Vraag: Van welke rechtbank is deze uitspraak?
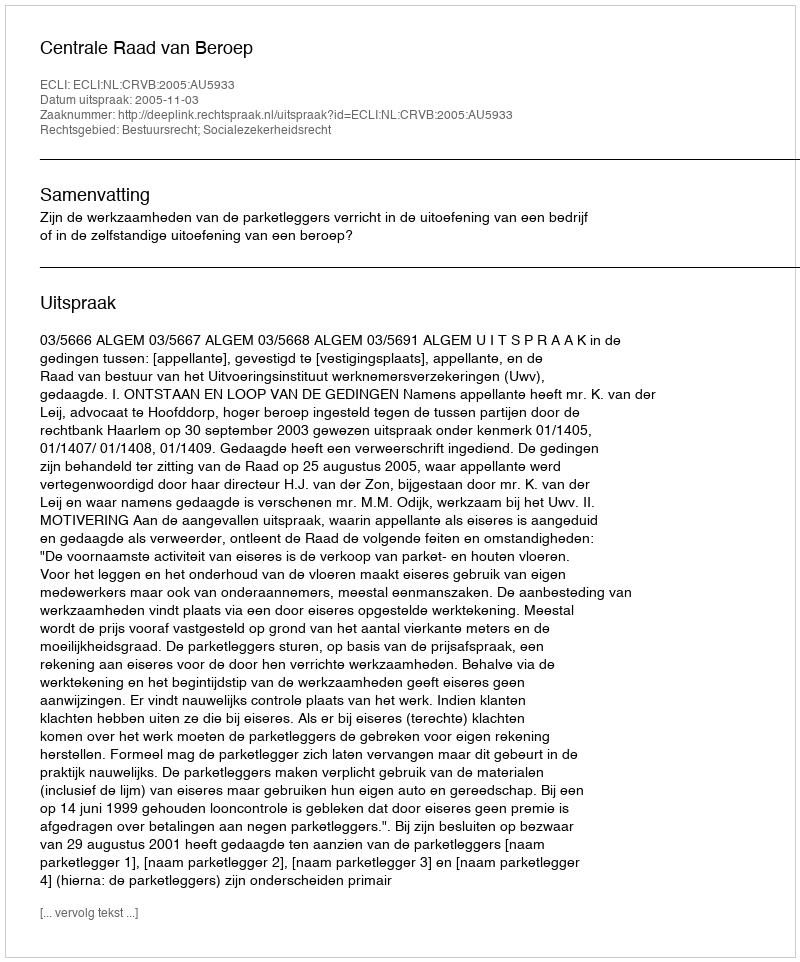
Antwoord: Centrale Raad van Beroep